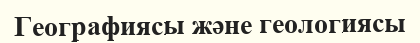
Географиясы және геологиясы